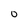
Character: O